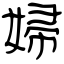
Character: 婦